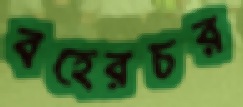
বহেরচর